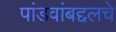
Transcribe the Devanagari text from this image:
पांडवांबद्दलचे